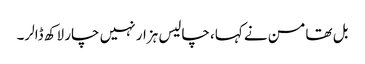
بل تھامسن نے کہا، چالیس ہزار نہیں چار لاکھ ڈالر۔